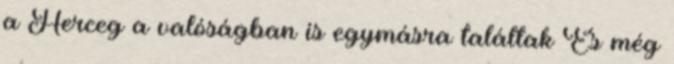
a Herceg a valóságban is egymásra találtak És még